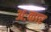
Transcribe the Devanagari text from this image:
अःकार